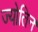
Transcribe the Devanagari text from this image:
ज्‍योतिन